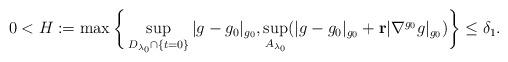
LaTeX: \begin{align*} 0< H := \max \bigg\{ \sup_{D_{\lambda_0}\cap \{t=0\}}|g-g_0|_{g_0}, &\sup_{A_{\lambda_0}} ( |g-g_0|_{g_0} + \mathbf{r}|\nabla^{g_0}g|_{g_0})\bigg\} \leq \delta_1.\end{align*}